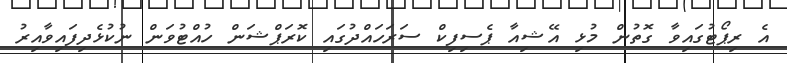
އެ ރިޕޯޓުގައިވާ ގޮތުން މުޅި އޭޝިއާ ޕެސިފިކް ސަރަހައްދުގައި ކޮރަޕްޝަން ހުއްޓުވަން ނުކުޅެދިފައިވާއިރު